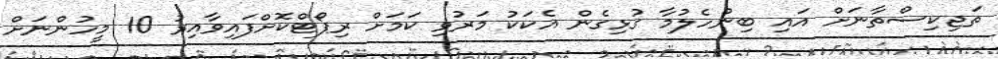
ތަޖިކިސްތާނަށް އައި ބިންހެލުމާ ގުޅިގެން އެކަކު މަރުވި ކަމަށް ރިޕޯޓްކޮށްފައިވާއިރު 10 މީހުންނަށް